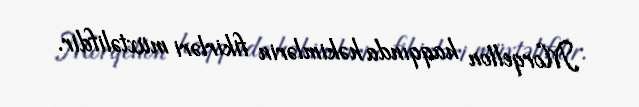
Morqellon haqqında həkimlərin fikirləri müxtəlifdir.